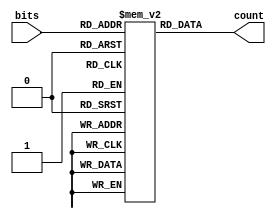
module LUT_4bit_1s (
    input wire [3:0] bits,
    output reg [2:0] count
);
    reg [2:0] data [15:0];
    
    initial begin
        data[0] = 3'd00;
        data[1] = 3'd01;
        data[2] = 3'd01;
        data[3] = 3'd02;
        data[4] = 3'd01;
        data[5] = 3'd02;
        data[6] = 3'd02;
        data[7] = 3'd03;
        data[8] = 3'd01;
        data[9] = 3'd02;
        data[10] = 3'd02;
        data[11] = 3'd03;
        data[12] = 3'd02;
        data[13] = 3'd03;
        data[14] = 3'd03;
        data[15] = 3'd04;
    end

    always @(bits) begin
        count = data[bits];
    end
endmodule

module LUT_12bit_1s(
    output reg [3:0] count,
    input wire [11:0] bits
);
    wire [2:0] Val0;
    wire [2:0] Val1;
    wire [2:0] Val2;
    LUT_4bit_1s lut0 (
        .bits(bits[3:0]),
        .count(Val0)
    );

    LUT_4bit_1s lut1 (
        .bits(bits[7:4]),
        .count(Val1)
    );

    LUT_4bit_1s lut2 (
        .bits(bits[11:8]),
        .count(Val2)
    );
    always @(Val0, Val1, Val2) begin
        count = Val0 + Val1 + Val2;
    end
endmodule